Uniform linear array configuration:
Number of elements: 48
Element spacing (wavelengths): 0.25
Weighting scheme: blackman
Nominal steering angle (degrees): -15
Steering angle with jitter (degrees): -15.232
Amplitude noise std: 0.05
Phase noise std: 0.05

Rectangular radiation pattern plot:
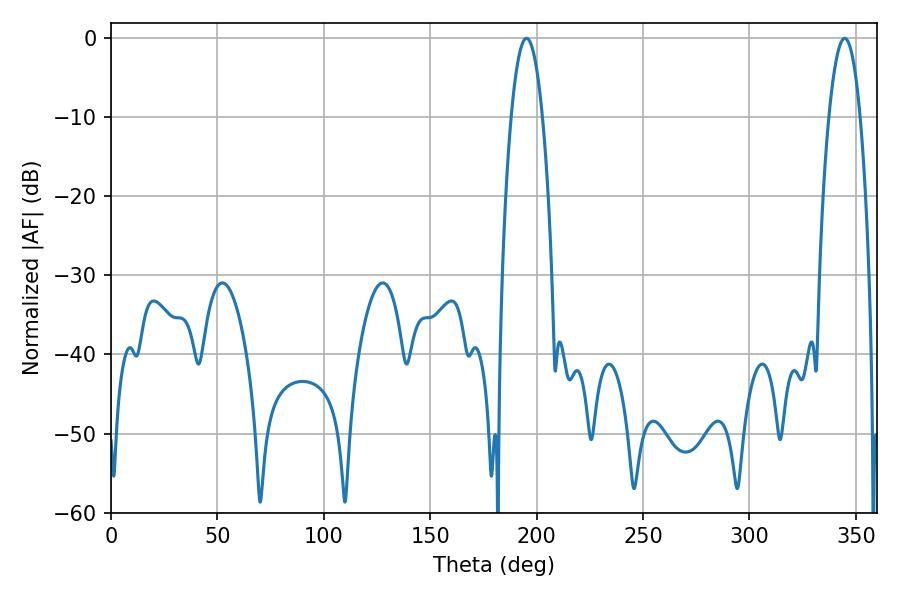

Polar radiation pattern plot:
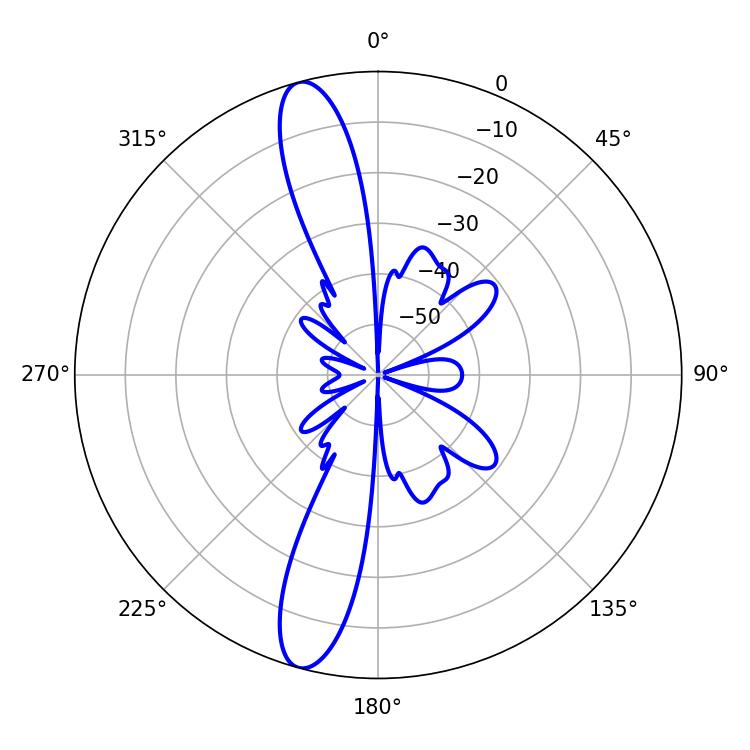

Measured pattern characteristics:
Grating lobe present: FALSE
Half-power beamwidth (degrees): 8.1
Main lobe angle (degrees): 344.7